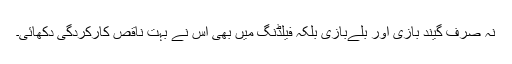
نہ صرف گیند بازی اور بلےبازی بلکہ فیلڈنگ میں بھی اس نے بہت ناقص کارکردگی دکھائی۔